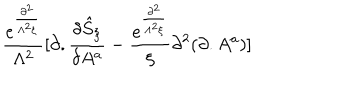
LaTeX: \frac { e ^ { \frac { \partial ^ { 2 } } { \Lambda ^ { 2 } \xi } } } { \Lambda ^ { 2 } } [ \partial . \frac { \delta { \hat { S } } _ { \xi } } { \delta A ^ { a } } - \frac { e ^ { \frac { \partial ^ { 2 } } { \Lambda ^ { 2 } \xi } } } { \xi } \partial ^ { 2 } ( \partial . A ^ { a } ) ]